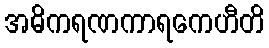
အဓိကရဏကာရကေဟီတိ